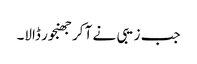
جب زیبی نے آ کر جھنجور ڈالا۔